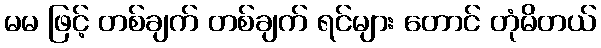
မမ ဖြင့် တစ်ချက် တစ်ချက် ရင်များ တောင် တုံမိတယ်